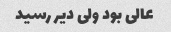
عالی بود ولی دیر رسید